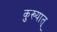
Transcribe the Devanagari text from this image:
कुख्यात्